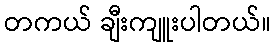
တကယ် ချီးကျူးပါတယ်။